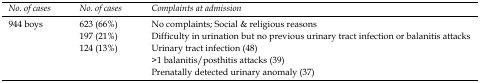
| No. of cases | No. of cases | Complaints at admission |
 | --- | --- | --- |
 | <ROWSPAN=5> 944 boys | 623 (66%) | No complaints; Social & religious reasons |
 | 197 (21%) | Difficulty in urination but no previous urinary tract infection or balanitis attacks |
 | <ROWSPAN=3> 124 (13%) | Urinary tract infection (48) |
 | >1 balanitis/posthitis attacks (39) |
 | Prenatally detected urinary anomaly (37) |